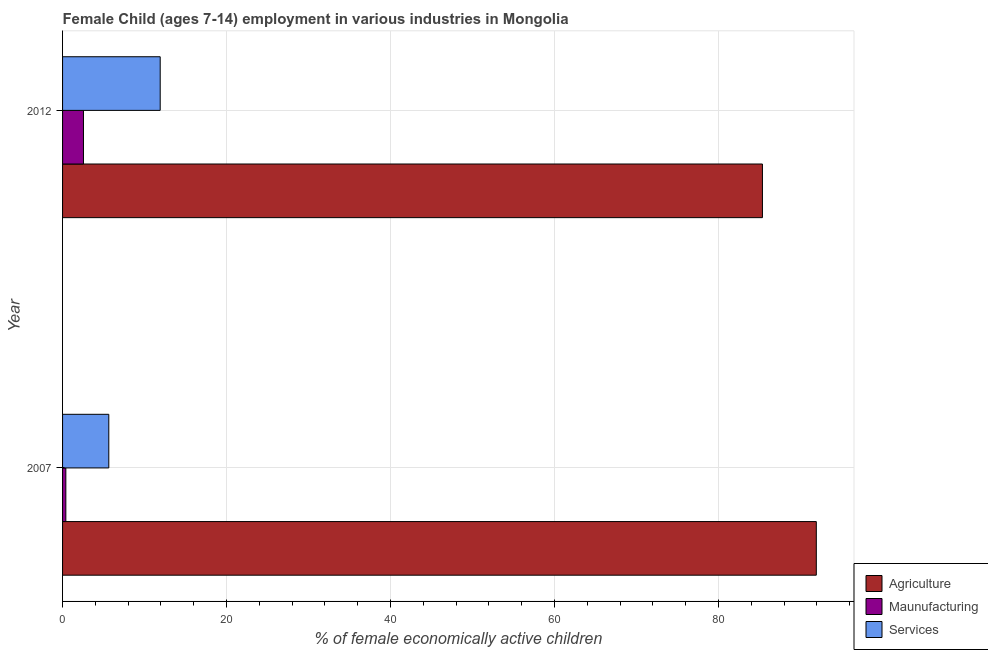
| Year | Agriculture | Maunufacturing | Services |
 | --- | --- | --- | --- |
 | 2007 | 91.9 | 0.4 | 5.64 |
 | 2012 | 85.4 | 2.55 | 11.9 |